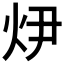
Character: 𭴏